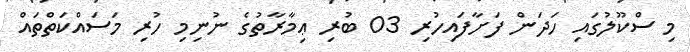
މި ސްކޫލުގައި ހަދަން ފަށާފައިހުރި 03 ބުރި ޢިމާރާތުގެ ނުނިމި ހުރި މަސައްކަތްތައް